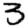
Digit: 3